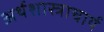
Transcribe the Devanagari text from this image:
अर्थशास्त्राचार्य